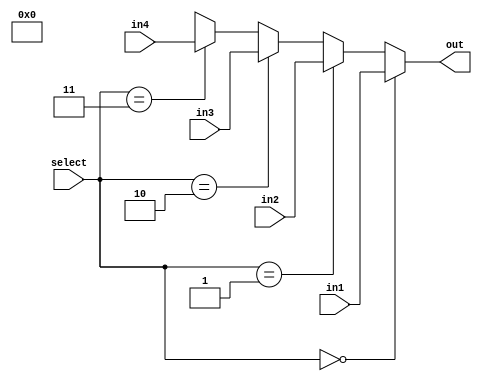
module MUX(
    input [1:0] select,
    input [BITS-1:0] in1,
    input [BITS-1:0] in2,
    input [BITS-1:0] in3,
    input [BITS-1:0] in4,
    output [BITS-1:0] out
    );
	 
	 parameter BITS = 16;
	 
	 assign out = (select == 0) ? in1 : // select input 1
					  (select == 1) ? in2 : // select input 2
					  (select == 2) ? in3 : // select input 3
					  (select == 3) ? in4 : 1'bx; // who knows!
endmodule